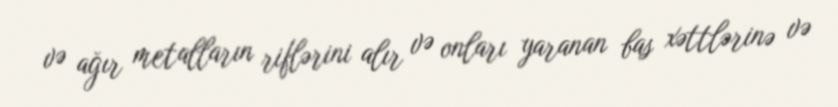
və ağır metalların riflərini alır və onları yaranan bas xəttlərinə və